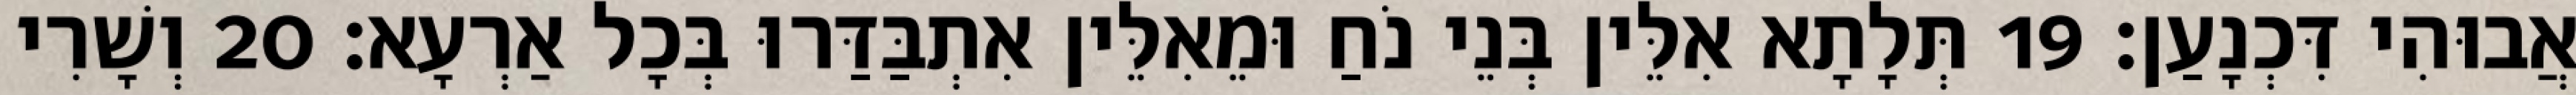
אֲבוּהִי דִּכְנָעַן׃ 19 תְּלָתָא אִלֵּין בְּנֵי נֹחַ וּמֵאִלֵּין אִתְבַּדַּרוּ בְּכָל אַרְעָא׃ 20 וְשָׁרִי